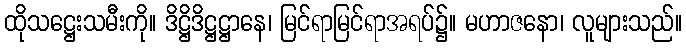
ထိုသဋ္ဌေးသမီးကို။ ဒိဋ္ဌိဒိဋ္ဌဋ္ဌာနေ၊ မြင်ရာမြင်ရာအရပ်၌။ မဟာဇနော၊ လူများသည်။